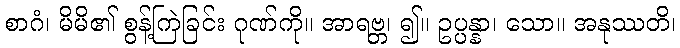
စာဂံ၊ မိမိ၏ စွန့်ကြဲခြင်း ဂုဏ်ကို။ အာရဗ္ဘ၊ ၍။ ဥပ္ပန္နာ၊ သော။ အနုဿတိ၊